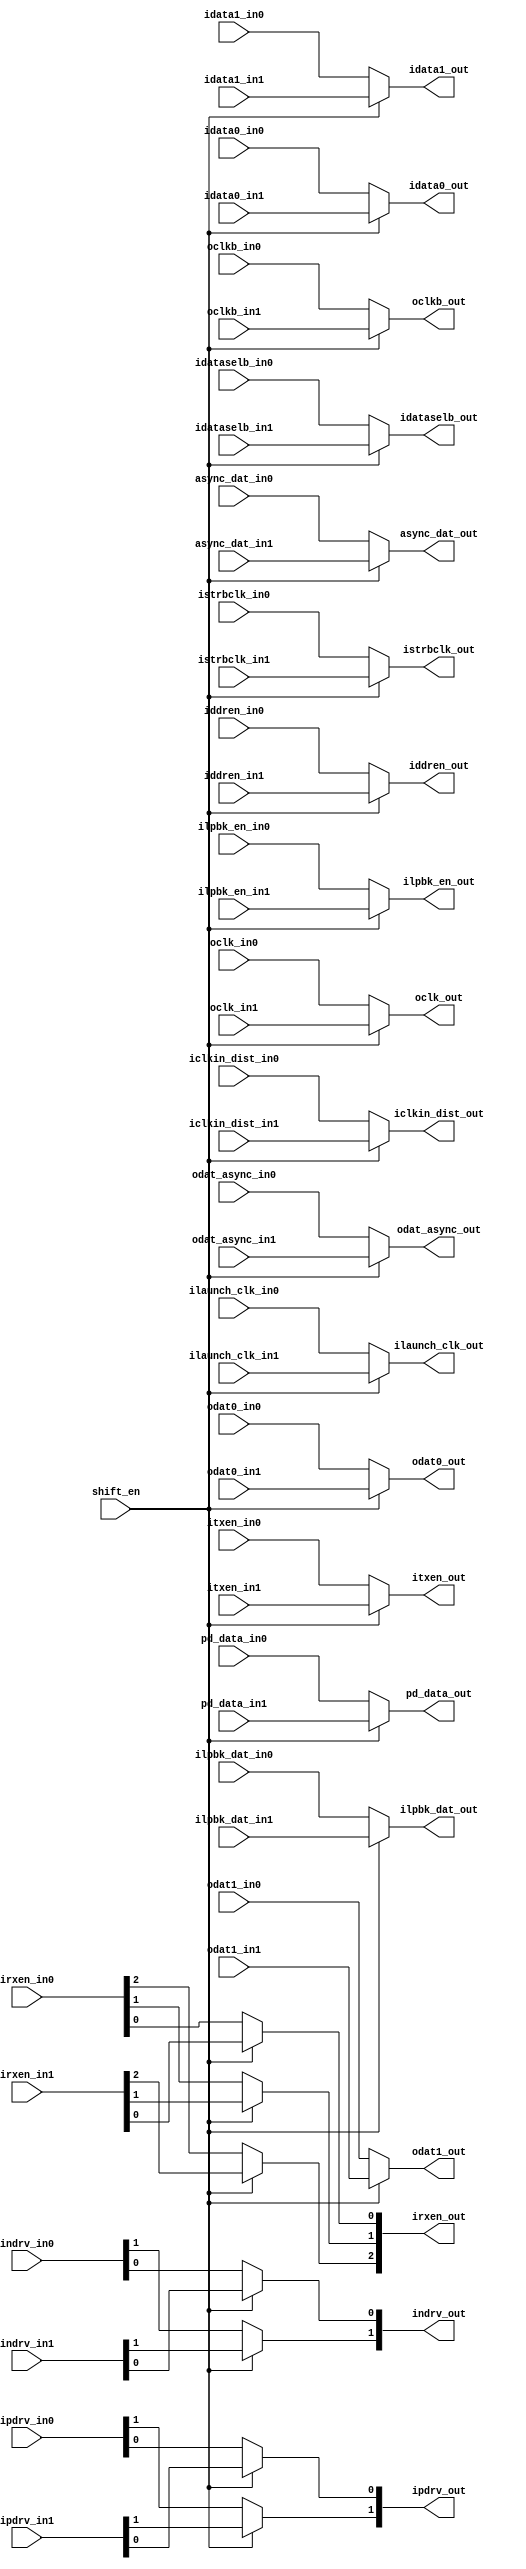
// SPDX-License-Identifier: Apache-2.0
// Copyright (C) 2019 Intel Corporation. 
module aibnd_redundancy ( //input of input mux
pd_data_in1, pd_data_in0, iclkin_dist_in1, iclkin_dist_in0, idata0_in1, idata0_in0, idata1_in1, idata1_in0, 
idataselb_in1, idataselb_in0, iddren_in1, iddren_in0, ilaunch_clk_in1, ilaunch_clk_in0, ilpbk_dat_in1, ilpbk_dat_in0, ilpbk_en_in1, ilpbk_en_in0, 
irxen_in1, irxen_in0, istrbclk_in1, istrbclk_in0, itxen_in1, itxen_in0, indrv_in1, indrv_in0, ipdrv_in1, ipdrv_in0, async_dat_in1, async_dat_in0, 
//Output of input mux
iclkin_dist_out, idata0_out, idata1_out, idataselb_out, iddren_out,  ilaunch_clk_out, ilpbk_dat_out, ilpbk_en_out, 
irxen_out, istrbclk_out, itxen_out, indrv_out, ipdrv_out, async_dat_out,

//input of output mux
oclkb_in1, oclkb_in0, oclk_in1, oclk_in0, odat0_in1, odat0_in0, odat1_in1, odat1_in0, odat_async_in1, odat_async_in0,

//Output of output mux
pd_data_out, oclkb_out, oclk_out, odat0_out, odat1_out, odat_async_out,

//Mux selection signal
shift_en	//Removed VCCL & VSS port

);

//Power Supply
//input  vccl, vssl;

//Mux selection signal
input shift_en;

//input of input mux
input iclkin_dist_in1, iclkin_dist_in0;
input idata0_in1, idata0_in0; 
input idata1_in1, idata1_in0;
input idataselb_in1, idataselb_in0;
input iddren_in1, iddren_in0;
input ilaunch_clk_in1, ilaunch_clk_in0;
input ilpbk_dat_in1, ilpbk_dat_in0;
input ilpbk_en_in1, ilpbk_en_in0;
input [2:0] irxen_in1, irxen_in0;
input istrbclk_in1, istrbclk_in0;
input itxen_in1, itxen_in0; 
input [1:0] indrv_in1, indrv_in0; 
input [1:0] ipdrv_in1, ipdrv_in0;
input async_dat_in1, async_dat_in0;

//output of input mux
output iclkin_dist_out;
output idata0_out; 
output idata1_out;
output idataselb_out;
output iddren_out;
output ilaunch_clk_out;
output ilpbk_dat_out;
output ilpbk_en_out;
output [2:0] irxen_out;
output istrbclk_out;
output itxen_out; 
output [1:0] indrv_out; 
output [1:0] ipdrv_out;
output async_dat_out;


//input of output mux
input pd_data_in1, pd_data_in0;
input oclkb_in1, oclkb_in0;
input oclk_in1, oclk_in0; 
input odat0_in1, odat0_in0; 
input odat1_in1, odat1_in0;
input odat_async_in1, odat_async_in0;

//output of output mux
output pd_data_out;
output oclkb_out;
output oclk_out;
output odat0_out; 
output odat1_out;
output odat_async_out;

// Buses in the design


//input mux
assign iclkin_dist_out = shift_en? iclkin_dist_in1 : iclkin_dist_in0 ;
assign idata0_out = shift_en? idata0_in1 : idata0_in0;
assign idata1_out = shift_en? idata1_in1 : idata1_in0;
assign idataselb_out = shift_en? idataselb_in1 : idataselb_in0 ;
assign iddren_out = shift_en? iddren_in1 : iddren_in0;
assign ilaunch_clk_out = shift_en? ilaunch_clk_in1 : ilaunch_clk_in0 ;
assign ilpbk_dat_out = shift_en? ilpbk_dat_in1 : ilpbk_dat_in0 ;
assign ilpbk_en_out = shift_en? ilpbk_en_in1 : ilpbk_en_in0 ;
assign irxen_out[2] = shift_en? irxen_in1[2] : irxen_in0[2];
assign irxen_out[1] = shift_en? irxen_in1[1] : irxen_in0[1];
assign irxen_out[0] = shift_en? irxen_in1[0] : irxen_in0[0];
assign istrbclk_out = shift_en? istrbclk_in1 : istrbclk_in0;
assign itxen_out = shift_en? itxen_in1 : itxen_in0;
assign indrv_out[1] = shift_en? indrv_in1[1] : indrv_in0[1];
assign indrv_out[0] = shift_en? indrv_in1[0] : indrv_in0[0];
assign ipdrv_out[1] = shift_en? ipdrv_in1[1] : ipdrv_in0[1];
assign ipdrv_out[0] = shift_en? ipdrv_in1[0] : ipdrv_in0[0];
assign async_dat_out = shift_en? async_dat_in1 : async_dat_in0;

//output mux
assign pd_data_out = shift_en? pd_data_in1 : pd_data_in0;
assign oclkb_out = shift_en? oclkb_in1 : oclkb_in0;
assign oclk_out = shift_en? oclk_in1 : oclk_in0;
assign odat0_out = shift_en? odat0_in1 : odat0_in0;
assign odat1_out = shift_en? odat1_in1 : odat1_in0;
assign odat_async_out = shift_en? odat_async_in1 : odat_async_in0;

endmodule